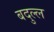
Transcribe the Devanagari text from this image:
बदुल्ल